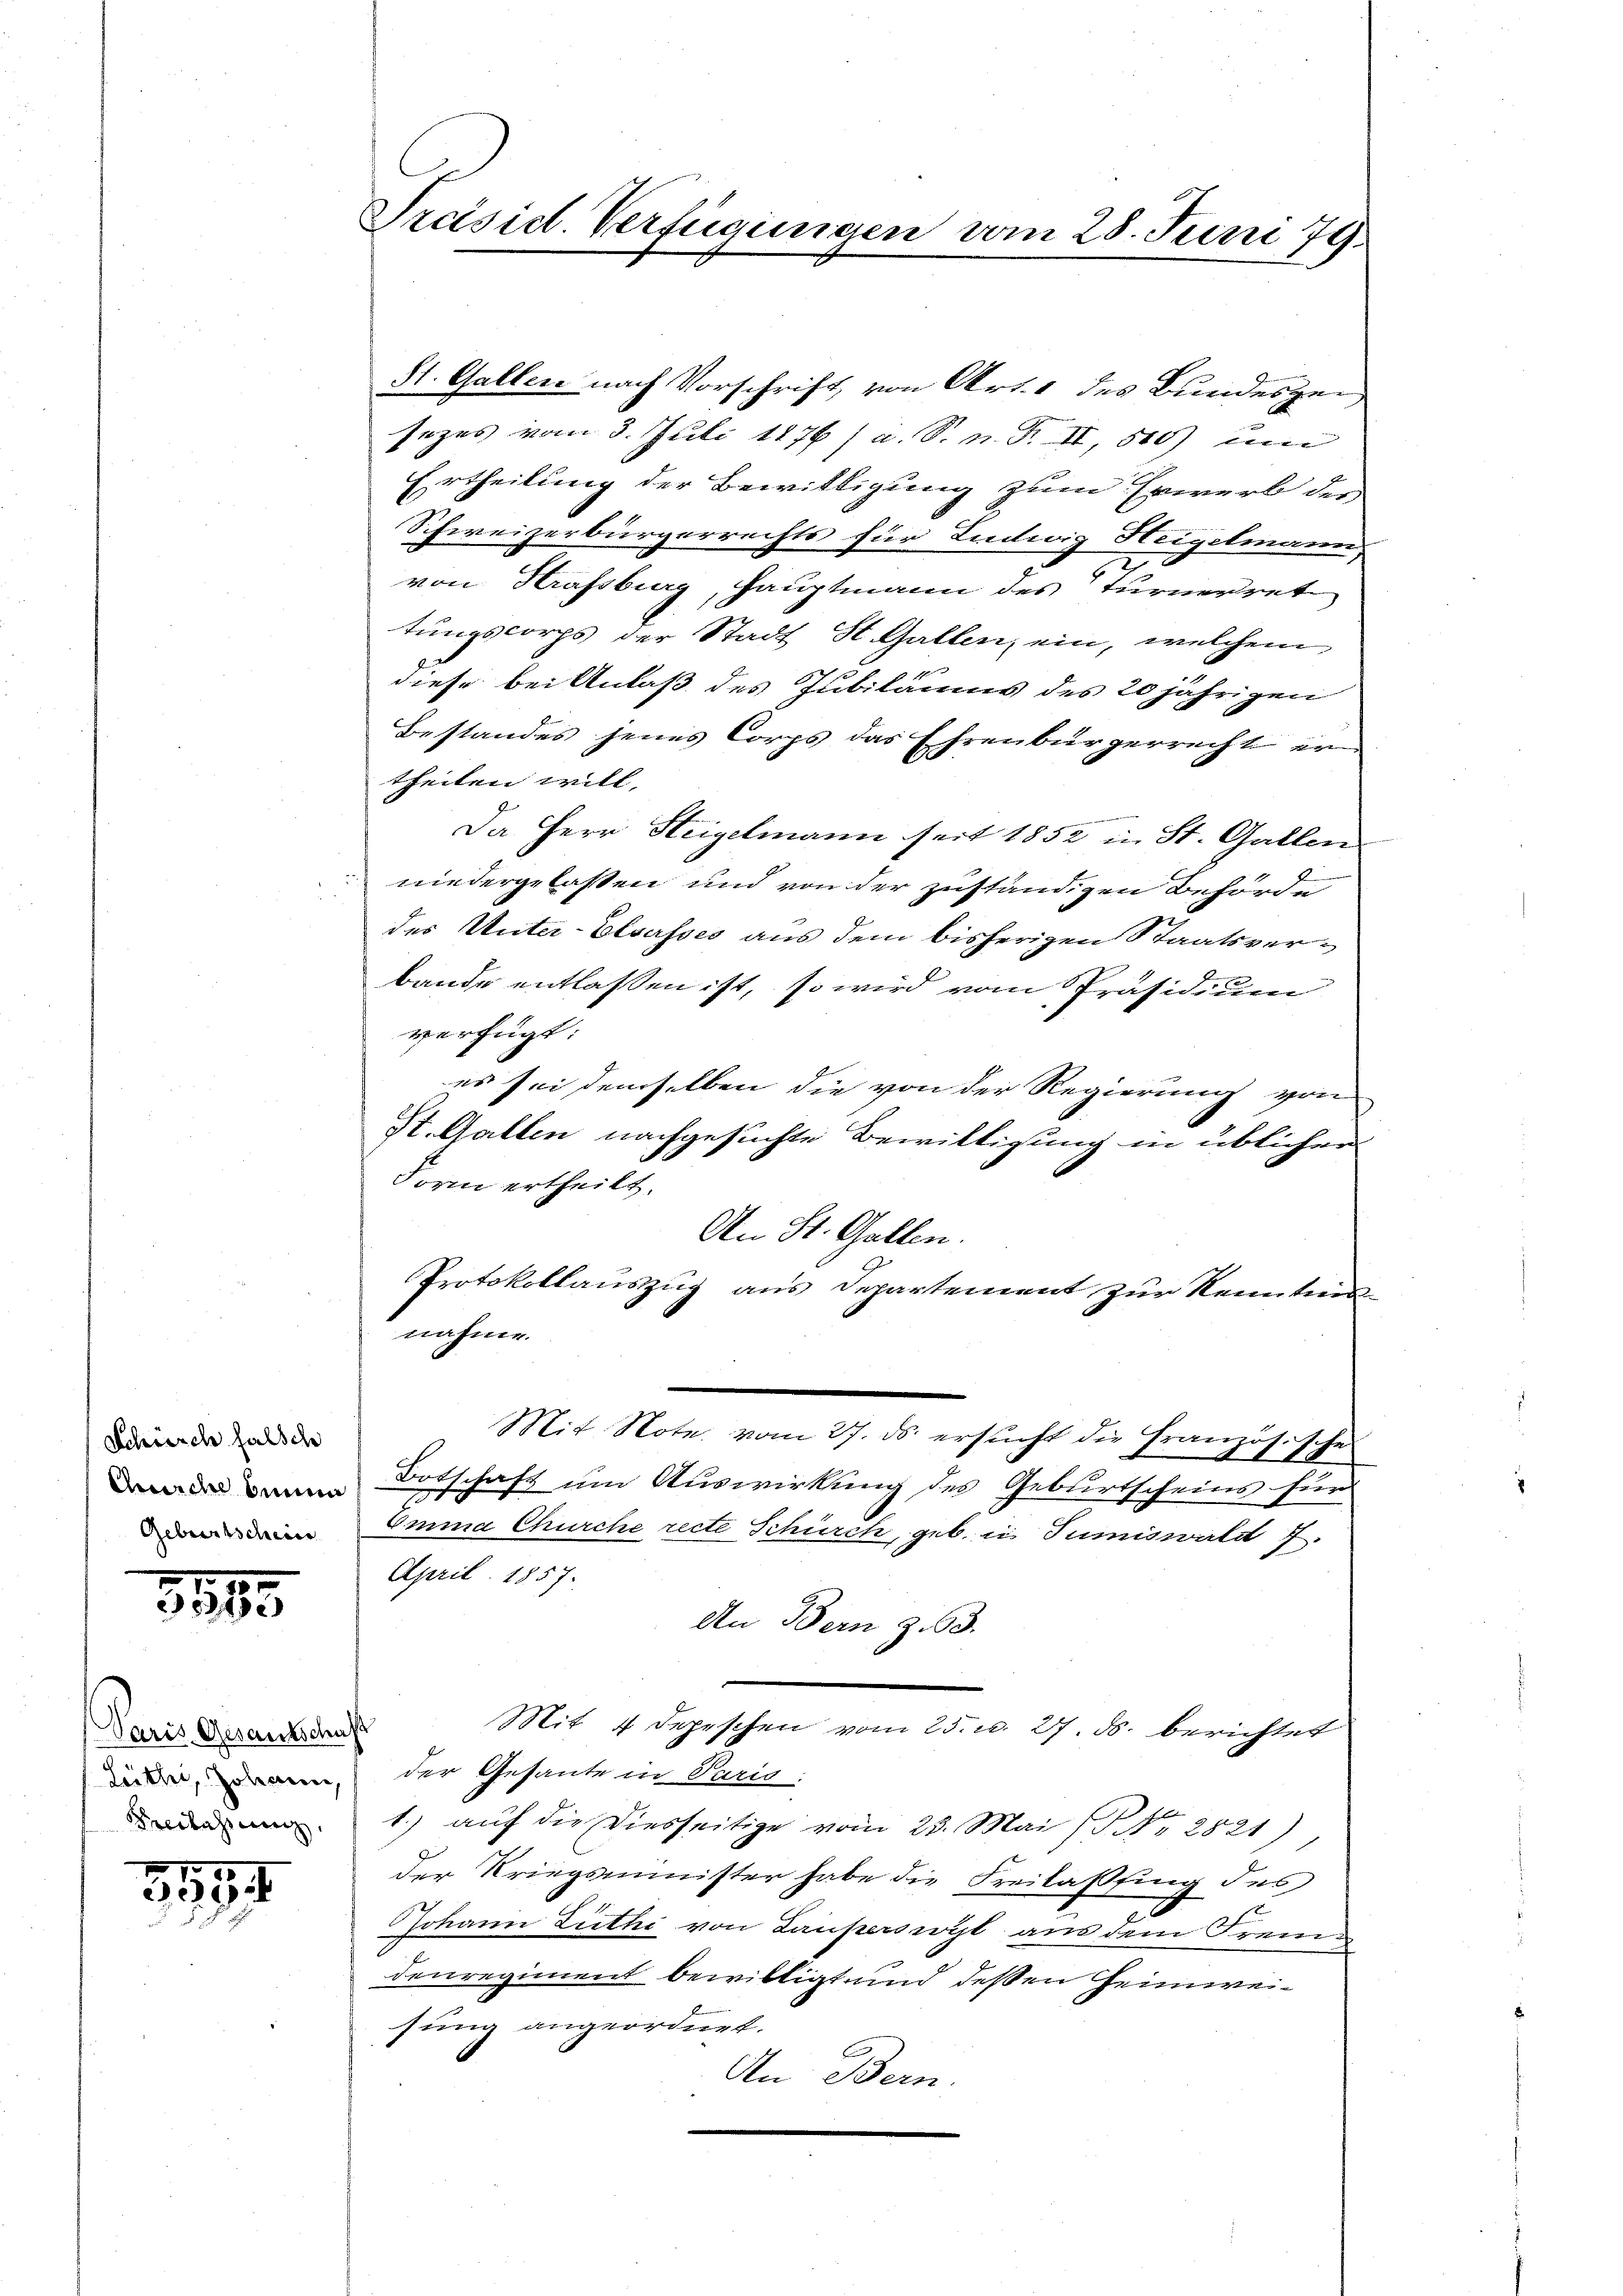
Schreich falsche
Curiche benen
Geburtschein

8885

Paris Gesantschaft
Freilassung,

3994

St. Galler nach Vorschrift, von Art. 1 des Bundesgen
sezes vom 3. Juli 1876 / a. S. n. F. II, 500) um
Ertheilung der Bewilligung zum Erwerb der
Schweizerbürgerrechts für Entwig Heigelmann
von Strassburg, Hauptmann des Turnerrat
tungscorps der Stadt St. Gallen, ein, welchem
diese bei Anlaß des Jubiläums des 20 jährigen
Bestandes jenes Corps das Ehrenbürgerrecht er
theilen will.
Da Herr Steigelmann seit 1852 in St. Gallern
niedergelaßen und von der zuständigen Behörde
des Unter-Elsasses aus dem bisherigen Staatsverbande entlassen ist, so wird vom Präsidium
verfügt:
es sei demselben die von der Regierung von
St. Gallen nachgesuchte Bewilligung in üblichen
orin ertheilt.
An St. Gallen.
Protokollauszug aus Departement zur Kenntnis-
nahme.
Mit Note vom 27. ds. ersucht die Französische
Botschaft um Auswirkung des Geburtscheins für
Emma Churche recte Schürch, geb. in Tumiswald 7.
April 1857.
An Bern Z. 63.
Mit 4 Depeschen vom 25. u. 27. ds. berichtet
deann der Gesante in Paris;
1.) auf die Diesseitige vom 23. Mai (§ No. 2821)
der Kriegsminister habe die Freilassing des
x
Johann Zuthi von Lauperswort aus dem Fremdenregiment bewilligt und deßen Heimweisung angeordnet.
An Bern.

Præsicl. Verfügungen vom 28. Juni 79.